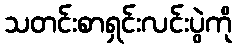
သတင်းစာရှင်းလင်းပွဲကို